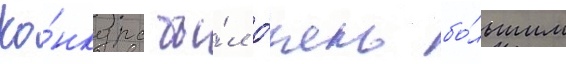
Ко́нкурс бы́л о́чень бо́льшим